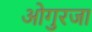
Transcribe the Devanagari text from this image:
ओगुरजा